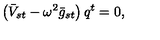
\left( \bar { V } _ { s t } - \omega ^ { 2 } \bar { g } _ { s t } \right) q ^ { t } = 0 ,